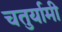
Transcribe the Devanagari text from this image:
चतुर्यामी